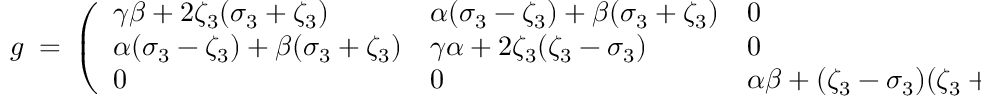
g \ = \ \left( \begin{array} { l l l } { \gamma \beta + 2 \zeta _ { 3 } ( \sigma _ { 3 } + \zeta _ { 3 } ) } & { \alpha ( \sigma _ { 3 } - \zeta _ { 3 } ) + \beta ( \sigma _ { 3 } + \zeta _ { 3 } ) } & { 0 } \\ { \alpha ( \sigma _ { 3 } - \zeta _ { 3 } ) + \beta ( \sigma _ { 3 } + \zeta _ { 3 } ) } & { \gamma \alpha + 2 \zeta _ { 3 } ( \zeta _ { 3 } - \sigma _ { 3 } ) } & { 0 } \\ { 0 } & { 0 } & { \alpha \beta + ( \zeta _ { 3 } - \sigma _ { 3 } ) ( \zeta _ { 3 } + \sigma _ { 3 } ) } \end{array} \right)